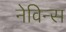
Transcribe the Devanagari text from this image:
नेविन्स